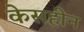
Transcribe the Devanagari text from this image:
केसहीन